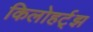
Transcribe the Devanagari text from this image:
किलोहर्ट्‌झ